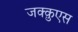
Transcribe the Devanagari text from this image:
जक्क़ुएस